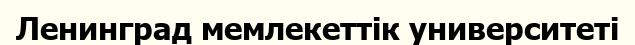
Ленинград мемлекеттік университеті